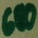
Text: 680